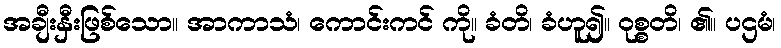
အချီးနှီးဖြစ်သော။ အာကာသံ၊ ကောင်းကင် ကို။ ခံတိ၊ ခံဟူ၍။ ဝုစ္စတိ၊ ၏။ ပဌမံ၊